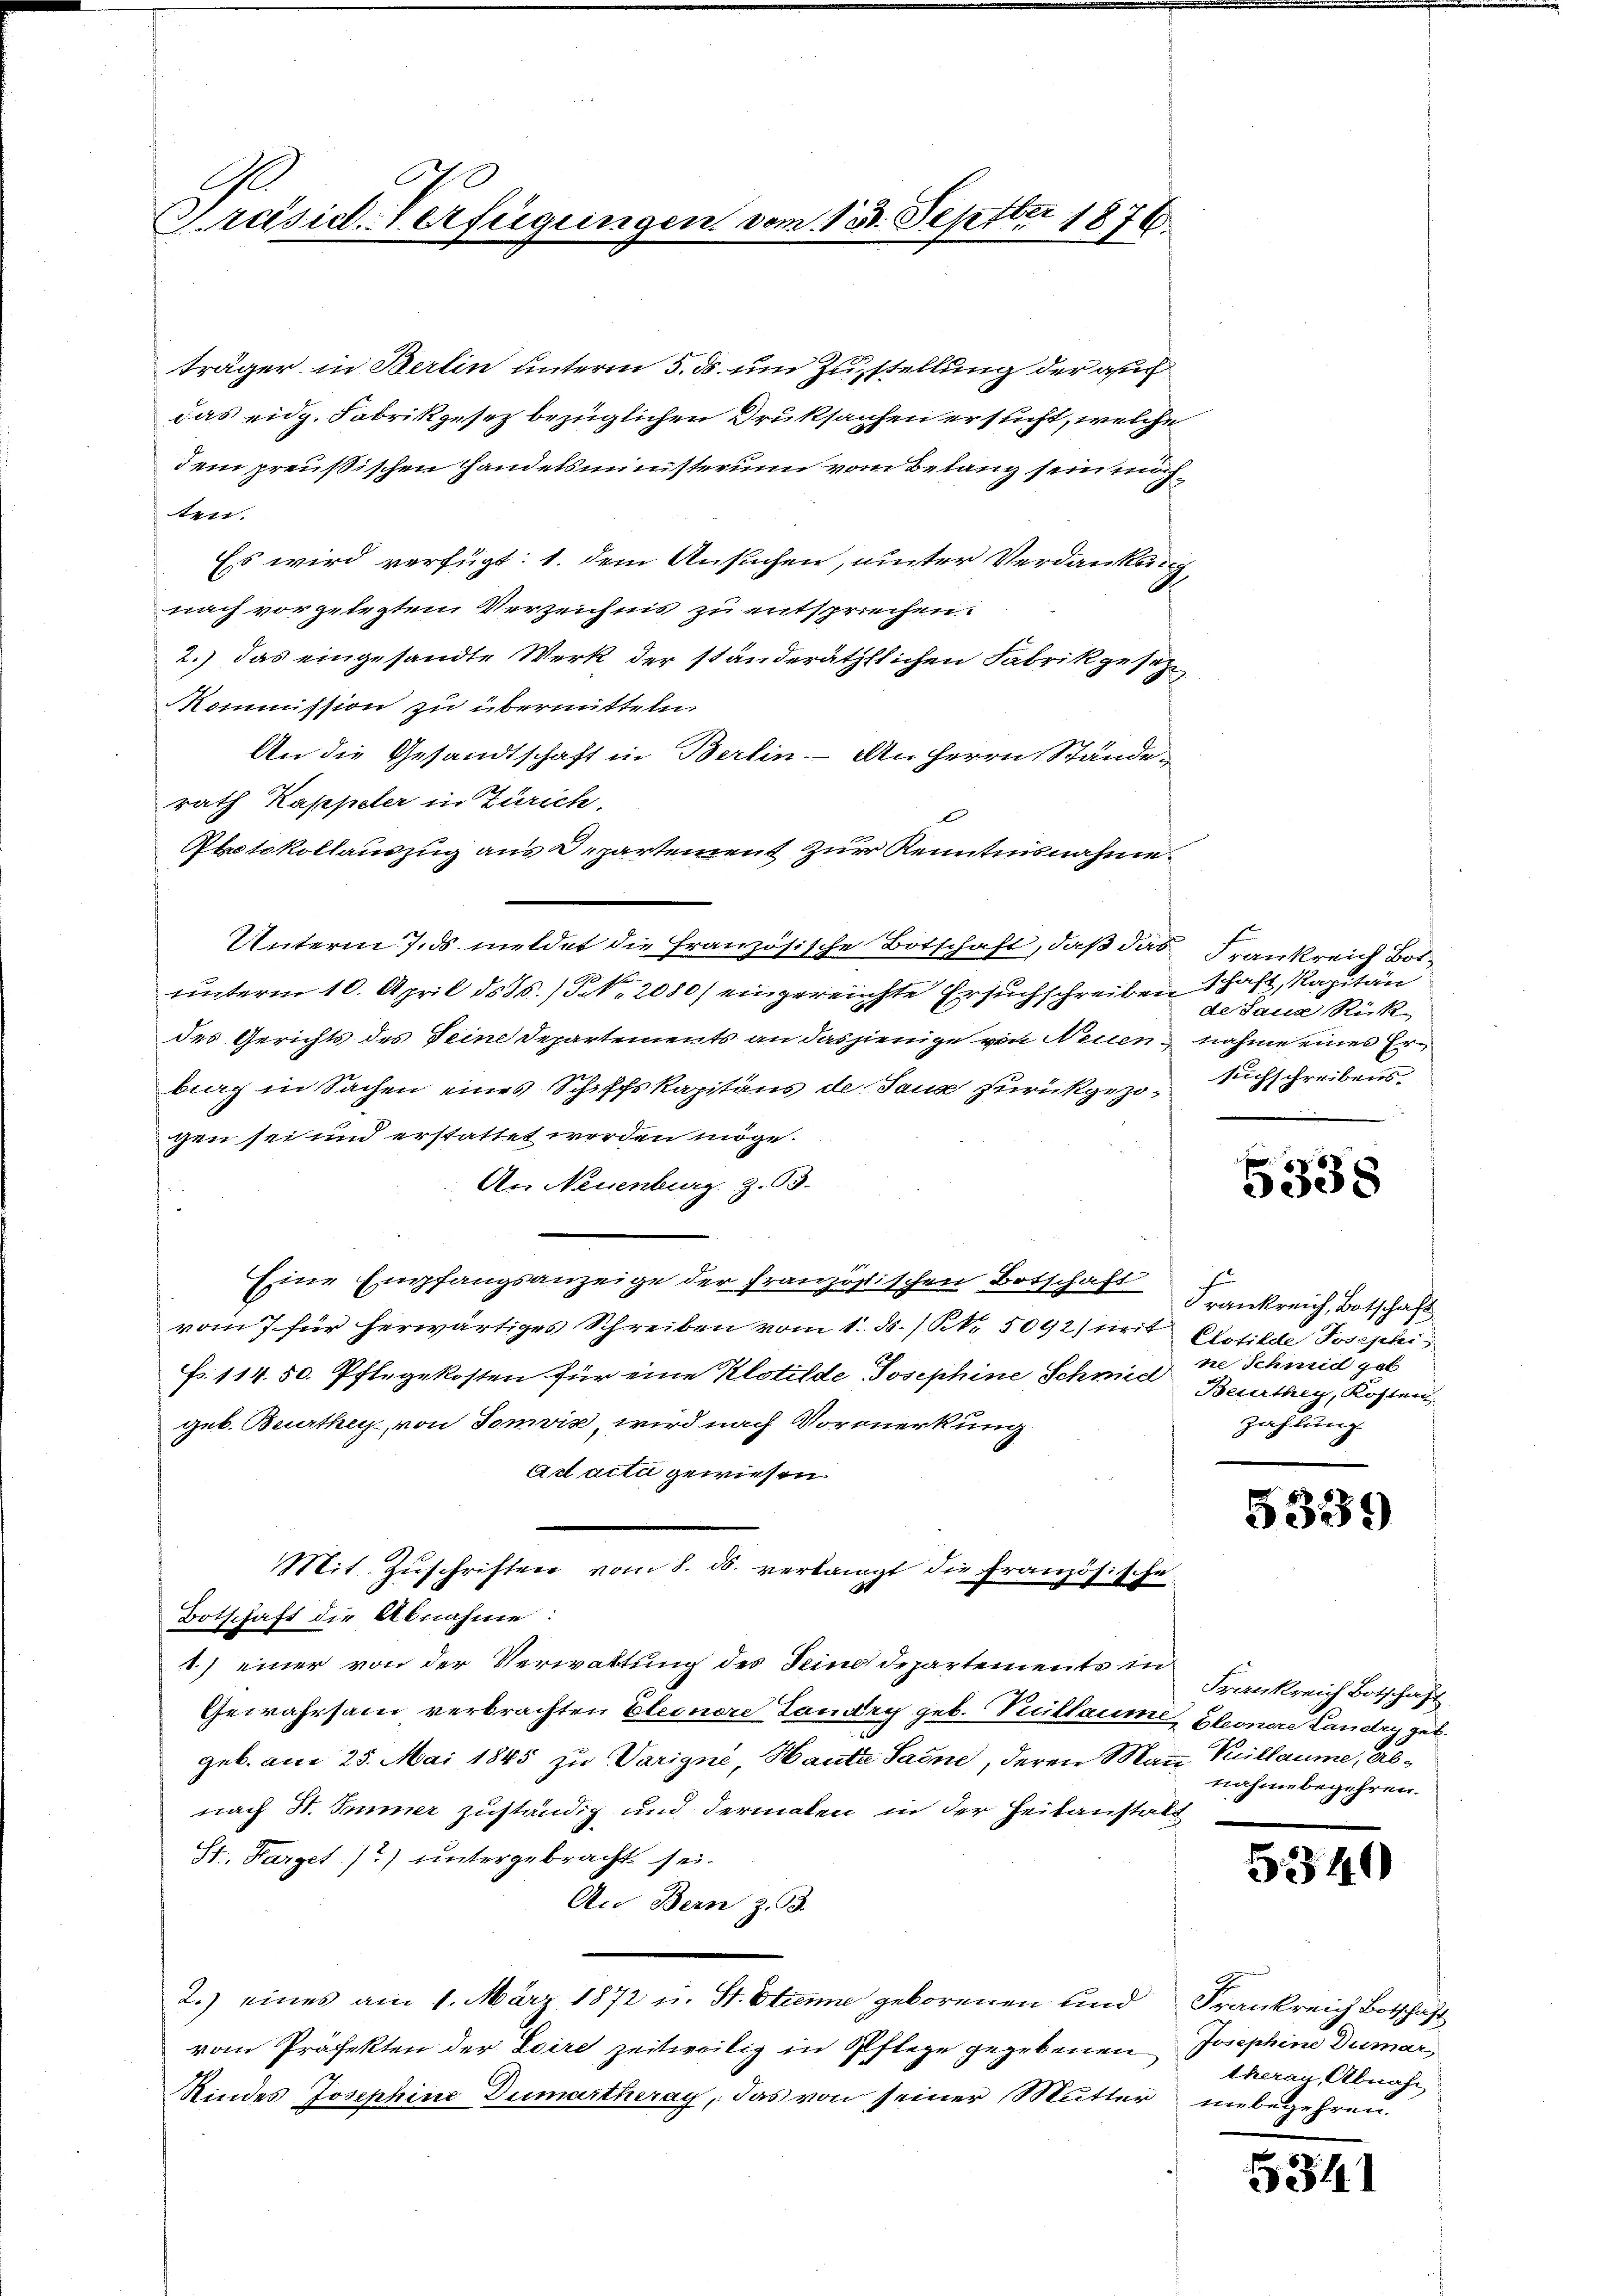
A
h
Präsid. Verfügung

ten.
Protokollauszug aus Departement zur Kenntnisnahme.
Unterm 7. ds meldet die Französische Botschaft, daß das
unterm 10. April ds 15.) Frk. 2080/ eingereichte Ersuchschreiben schaft, Kapitän
des Gerichts des Feine Departements an dasjenige von Neuenberg in Sachen eines Schiffskapitaus de dann zurückgezogen sei und erstattet werden möge.
An Neuenburg z. B.
Eine Empfangsanzeige der französischen Botschaft
vom 7. für herwärtiges Schreiben vom 1. ds. / Nr. 5092) mit Gotilde Josephis
N. 114. 50. Pflegekosten für eine Klotilde Josephine Schmid nie Schmid geb.
geb. Beurthey, von Tomvis, wird nach Vormerkung
ad acta gewiesen.
Mit Zŭschriften vom 8. ds. verlangt die Französische
Botschaft die Abnahme:
1) einer von der Verwaltung des Feindepartements in
Gewahrsam verbrachten Eleonore Landry geb. Peillaume Eleonore Landry geb.
geb. am 25. Mai 1845 zu Varigné, Haute Saine, deren Mann
nach St. Immer zuständig und dermalen in der Heitanstalt
St. Parget (?) untergebracht sei.
An Bern z. B.
2.) eines am 1. März 1872 u. St. Etienne geborenen und
vom Präfekten der Loire zeitweilig in Pflege gegebenen
Kindes Josephine Dumartheray, das von seiner Mutter

träger in Berlin unterm 5. ds. um Zustellung der auch
das eidg. Fabrikgesez bezüglichen Druksachen ersucht, welche
dem preußischen Handelsministerin vom Belang sein möch¬
Es wird verfügt: 1. dem Ansuchen, unter Verdankung,
nach vorgelegtem Verzeichnis zu entsprechen.
2.) Das eingesandte Werk der ständeräthlichen Fabrikgesetz
Kommission zu übermitteln.
An die Gesandtschaft in Berlin. An Herrn Ständerath Kappeler in Zürich.

zen vom 13. Septbr 1876

Frankreich Bosde Saue Rück-
nahme eines Ersuchschreibens

8
3538

Frankreich, Botschäft
Beurthey, Kosten
zahlung.

5339

Frankreich Botschaft
Kuillaume, abnahme begehren.

5340

Frankreich Botschaft
Josephine Dumar,
theray, Abnahm
mebegehren.

5341